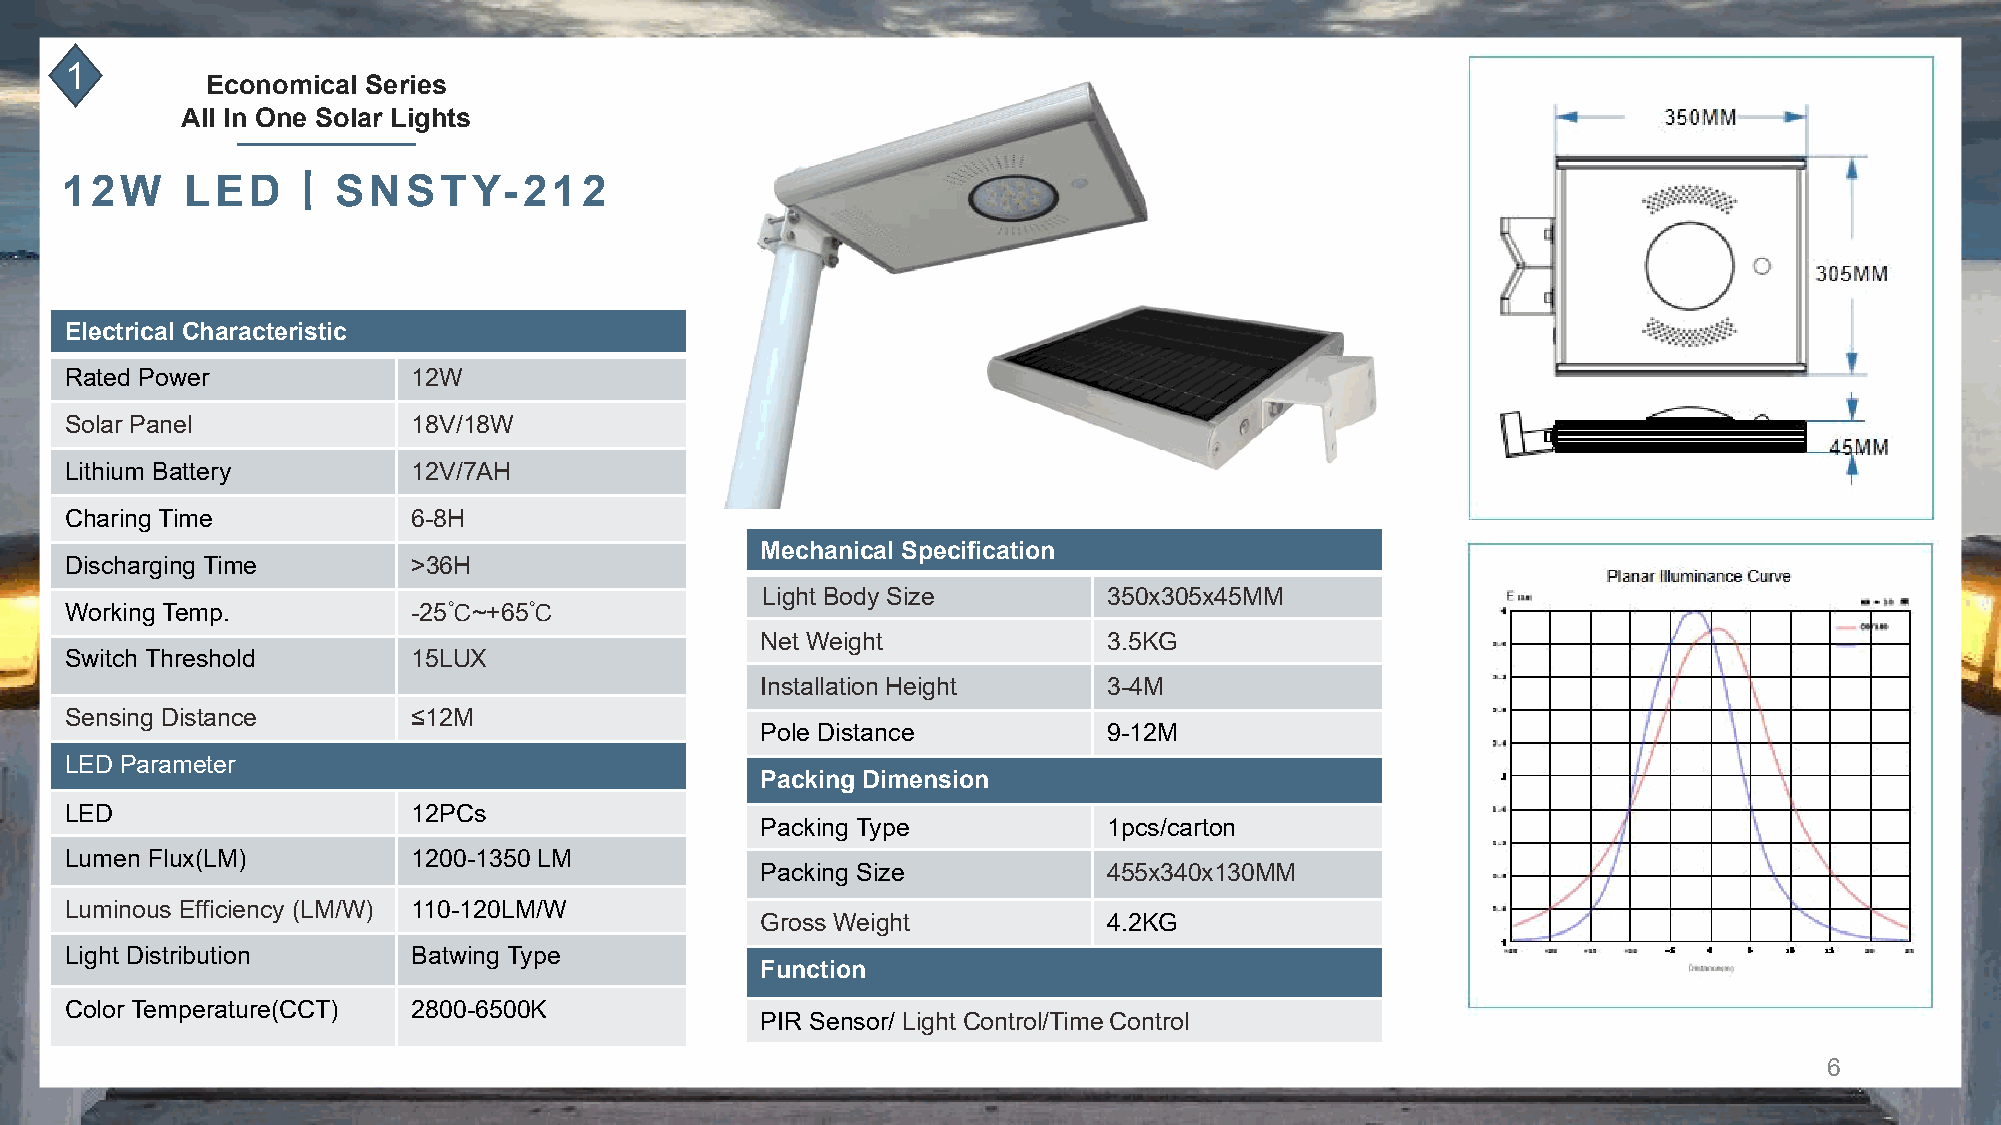
1
 Economical Series
 All In One Solar Lights
 丨
 12W     LED       SNSTY-212
 Electrical Characteristic
 Rated Power            12W
 Solar Panel            18V/18W
 Lithium Battery        12V/7AH
 Charing Time           6-8H
 Mechanical Specification
 Discharging Time       >36H
 Light Body Size        350x305x45MM
 Working Temp.          -25℃~+65℃
 Net Weight             3.5KG
 Switch Threshold       15LUX
 Installation Height    3-4M
 Sensing Distance       ≤12M
 Pole Distance          9-12M
 LED Parameter
 Packing Dimension
 LED                    12PCs
 Packing Type           1pcs/carton
 Lumen Flux(LM)         1200-1350 LM
 Packing Size           455x340x130MM
 Luminous Efficiency (LM/W) 110-120LM/W
 Gross Weight           4.2KG
 Light Distribution     Batwing Type
 Function
 Color Temperature(CCT) 2800-6500K
 PIR Sensor/ Light Control/Time Control
 6